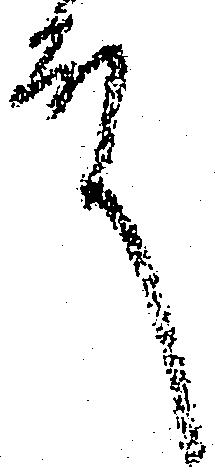
殿